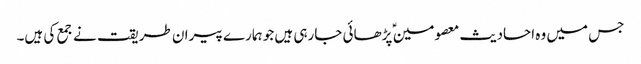
جس میں وہ احادیث معصومین ؑ پڑھائی جارہی ہیں جو ہمارے پیران طریقت نے جمع کی ہیں۔